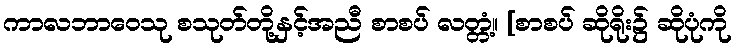
ကာလဘာဝေသု စသုတ်တို့နှင့်အညီ စာစပ် လတ္တံ့။ [စာစပ် ဆိုရိုး၌ ဆိုပုံကို